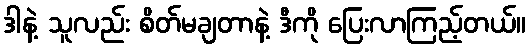
ဒါနဲ့ သူလည်း စိတ်မချတာနဲ့ ဒီကို ပြေးလာကြည့်တယ်။